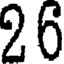
26